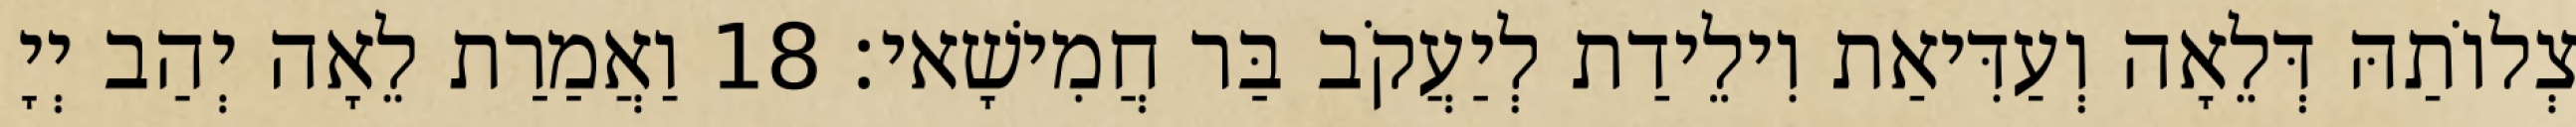
צְלוֹתַהּ דְּלֵאָה וְעַדִּיאַת וִילֵידַת לְיַעֲקֹב בַּר חֲמִישָׁאי׃ 18 וַאֲמַרַת לֵאָה יְהַב יְיָ